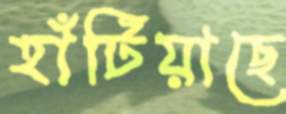
হাঁটিয়াছে